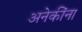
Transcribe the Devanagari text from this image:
अनेकींना